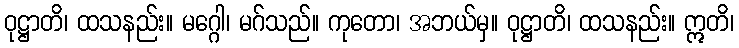
ဝုဋ္ဌာတိ၊ ထသနည်း။ မဂ္ဂေါ၊ မဂ်သည်။ ကုတော၊ အဘယ်မှ။ ဝုဋ္ဌာတိ၊ ထသနည်း။ ဣတိ၊